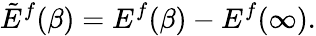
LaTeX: \tilde{E}^{f}(\beta)=E^{f}(\beta)-E^{f}(\infty).